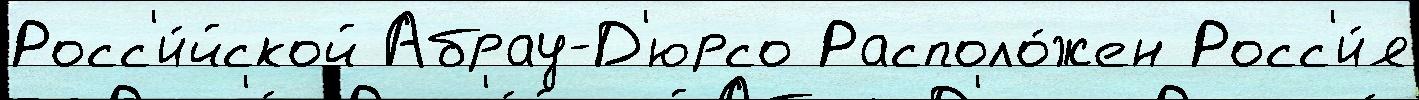
Росс'и́йской Абрау-Д'юрсо Располо́жен Росс'и́я